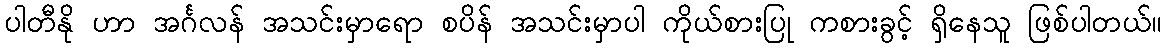
ပါတီနို ဟာ အင်္ဂလန် အသင်းမှာရော စပိန် အသင်းမှာပါ ကိုယ်စားပြု ကစားခွင့် ရှိနေသူ ဖြစ်ပါတယ်။